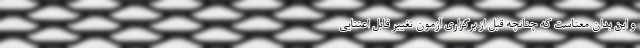
و این بدان معناست که چنانچه قبل از برگزاری آزمون تغییر قابل اعتنایی